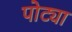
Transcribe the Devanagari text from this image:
पोट्या